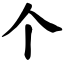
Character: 个